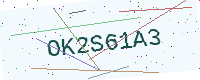
Text: OK2S61A3